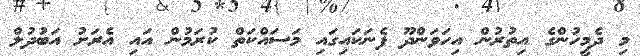
މި ދެމީހުންގެ އިތުރުން އިހަވަންދޫ ފެނަކައިގައި މަސައްކަތް ކުރަމުން އައި އެރަށު އަބުދުލް